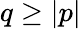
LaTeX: q\geq|p|